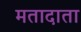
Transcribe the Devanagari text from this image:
मतादाता